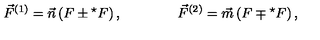
\vec { F } ^ { ( 1 ) } = \vec { n } \left( F \pm { } ^ { \star } F \right) , \qquad \qquad \vec { F } ^ { ( 2 ) } = \vec { m } \left( F \mp { } ^ { \star } F \right) ,